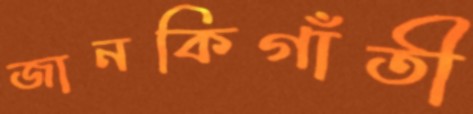
জানকিগাঁতী